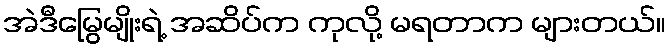
အဲဒီမြွေမျိုးရဲ့ အဆိပ်က ကုလို့ မရတာက များတယ်။